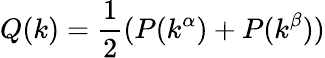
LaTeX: Q(k)=\frac{1}{2}(P(k^{\alpha})+P(k^{\beta}))